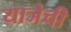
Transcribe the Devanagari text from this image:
याञेची